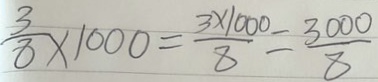
\frac { 3 } { 8 } \times 1 0 0 0 = \frac { 3 \times 1 0 0 0 } { 8 } = \frac { 3 0 0 0 } { 8 }